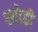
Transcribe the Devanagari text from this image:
श्योढ़ी